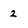
Character: 2